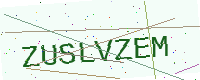
Text: ZUSLVZEM